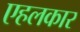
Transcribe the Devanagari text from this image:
एहलकार